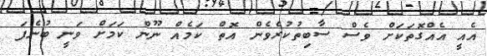
އެއީ އެއްގޮތަކަށް ވެސް ސާބިތުކުރެވެން އޮތް ކަމެއް ނޫން ކަމަށް ވަނީ ބުނެފަ